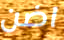
اضن